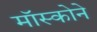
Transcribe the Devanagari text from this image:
मॉस्कोने